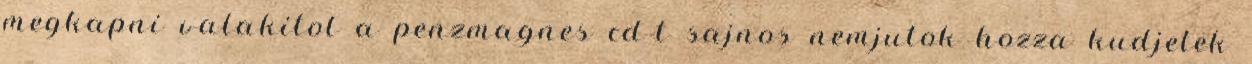
megkapni valakitol a penzmagnes cd-t sajnos nemjutok hozza kudjetek